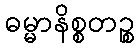
ဓမ္မာနိစ္စတဉ္စ